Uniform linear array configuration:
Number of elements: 16
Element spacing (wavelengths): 0.5
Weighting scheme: uniform
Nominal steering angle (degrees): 15
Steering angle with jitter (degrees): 15.547
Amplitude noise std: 0.05
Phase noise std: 0.05

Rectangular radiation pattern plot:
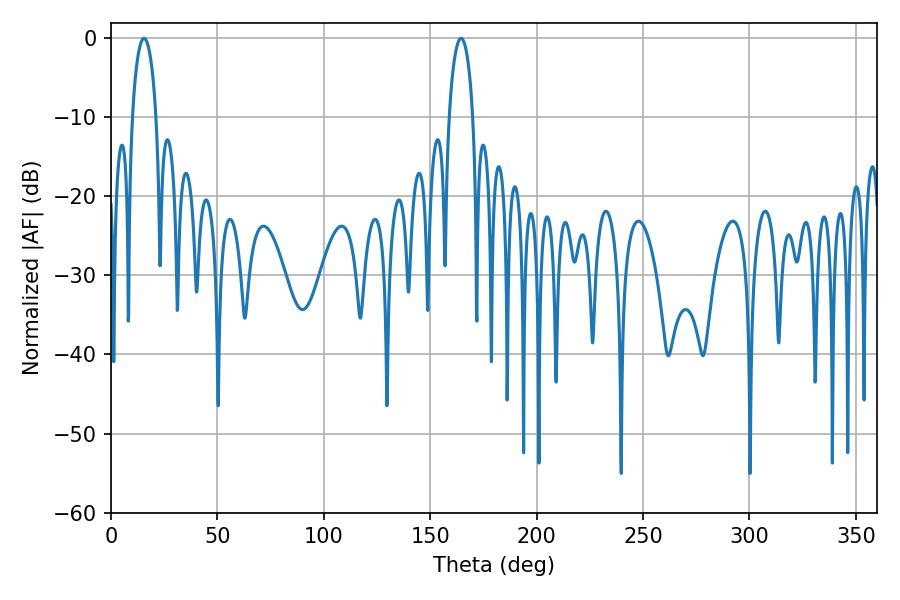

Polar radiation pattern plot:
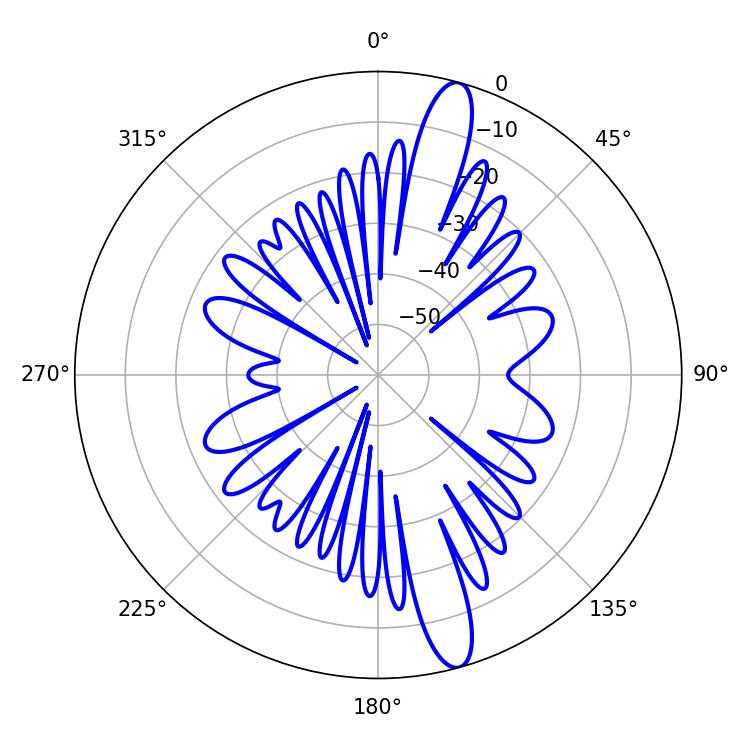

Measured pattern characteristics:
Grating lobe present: FALSE
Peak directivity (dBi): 14.706
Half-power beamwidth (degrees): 6.3
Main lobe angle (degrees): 15.48